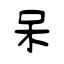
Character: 呆